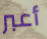
أعبر